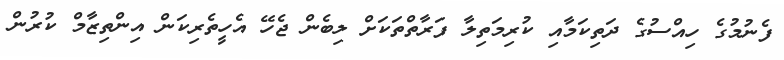
ފެނުމުގެ ހިއްސުގެ ދަތިކަމާއި ކުރިމަތިލާ ފަރާތްތަކަށް ލިބެން ޖެހޭ އެހީތެރިކަން އިންތިޒާމް ކުރުން